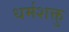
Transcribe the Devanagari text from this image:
धर्मशक्तु